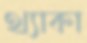
থ্যাকা